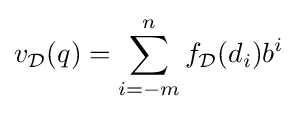
v_{\mathcal {D}}(q)=\sum _{i=-m}^{n}f_{\mathcal {D}}(d_{i})b^{i}